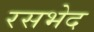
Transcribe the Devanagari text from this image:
रसभेद